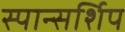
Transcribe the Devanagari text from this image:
स्पान्सर्शिप